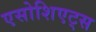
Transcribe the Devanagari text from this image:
एसोशिएट्स